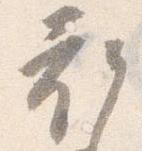
衣